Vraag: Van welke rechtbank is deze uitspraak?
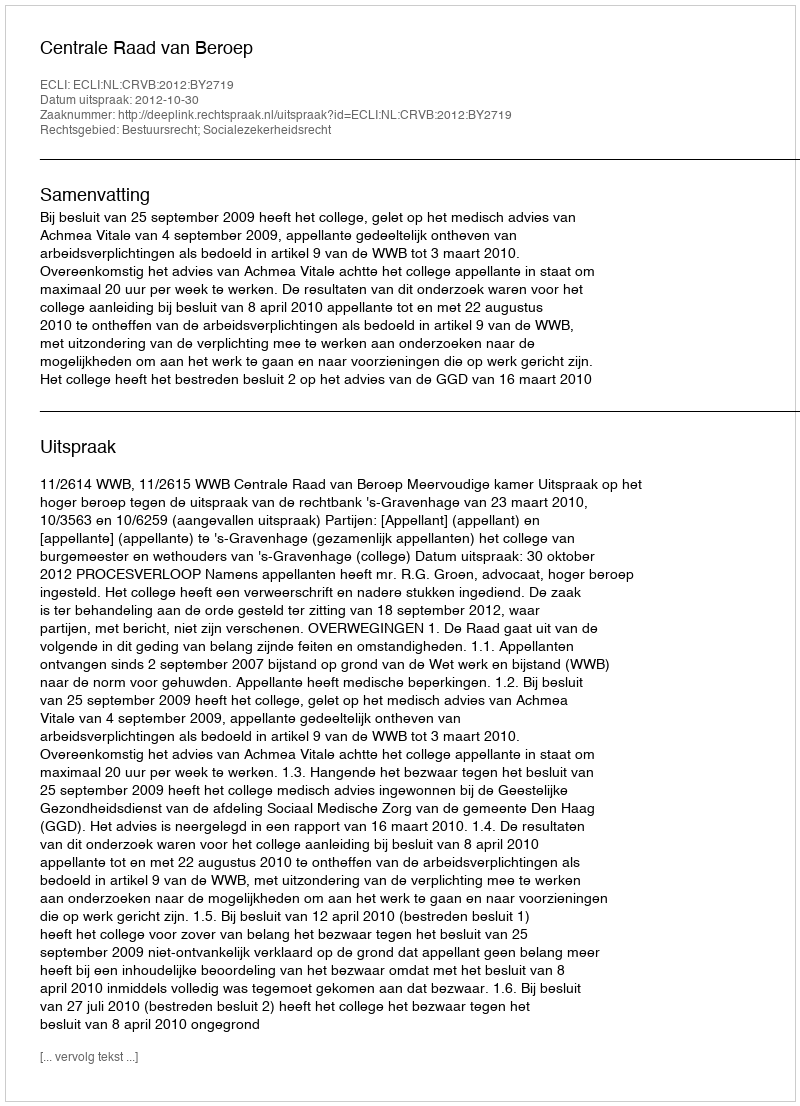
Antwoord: Centrale Raad van Beroep